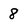
Character: 8